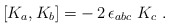
\begin{align*}[K_a,K_b] = -\, 2\, \epsilon_{abc}\ K_c\ .\end{align*}